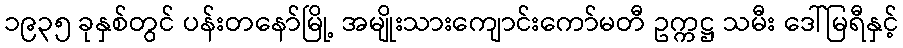
၁၉၃၅ ခုနှစ်တွင် ပန်းတနော်မြို့ အမျိုးသားကျောင်းကော်မတီ ဥက္ကဋ္ဌ သမီး ဒေါ်မြရီနှင့်